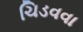
ચિડવવા